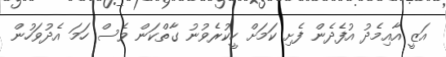
އަޒީ އާއިމެދު އުފެދެން ފެށި ކަމަށް ހީކުރެވުނު ގާތްކަން ވެސް ހަމަ އެދުވަހުން